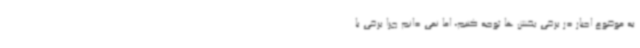
به موضوع اجبار در برخی بخش ها توجه کنیم، اما نمی دانم چرا برخی با